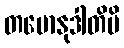
တမောနုဒါတိပိ